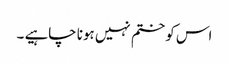
اس کو ختم نہیں ہونا چاہیے ۔